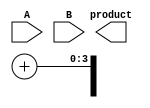
module wallace_tree_multiplier #(parameter N = 4) (
    input [N-1:0] A,
    input [N-1:0] B,
    output reg [2*N-1:0] product
);

    // Partial product matrix
    wire [N-1:0] pp [0:N-1]; // Partial products

    // Generate partial products
    genvar i, j;
    generate
        for (i = 0; i < N; i = i + 1) begin : pp_gen
            assign pp[i] = A & {N{B[i]}};
        end
    endgenerate

    // Carry-Save Adder (CSA)
    function [N-1:0] csa(input [N-1:0] a, input [N-1:0] b, input [N-1:0] c);
        begin
            csa = a ^ b ^ c; // Sum
        end
    endfunction

    function [N-1:0] csa_carry(input [N-1:0] a, input [N-1:0] b, input [N-1:0] c);
        begin
            csa_carry = (a & b) | (b & c) | (a & c); // Carry
        end
    endfunction

    // Level 1 CSA
    wire [N-1:0] sum1 [0:N/3]; // Sums from level 1
    wire [N-1:0] carry1 [0:N/3]; // Carries from level 1

    generate
        for (i = 0; i < N/3; i = i + 1) begin : level1
            assign sum1[i] = csa(pp[3*i], pp[3*i+1], pp[3*i+2]);
            assign carry1[i] = csa_carry(pp[3*i], pp[3*i+1], pp[3*i+2]);
        end
    endgenerate

    // Level 2 CSA
    wire [N-1:0] sum2 [0:(N/3)/3]; // Sums from level 2
    wire [N-1:0] carry2 [0:(N/3)/3]; // Carries from level 2

    generate
        for (i = 0; i < (N/3)/3; i = i + 1) begin : level2
            assign sum2[i] = csa(sum1[3*i], sum1[3*i+1], sum1[3*i+2]);
            assign carry2[i] = csa_carry(sum1[3*i], sum1[3*i+1], sum1[3*i+2]);
        end
    endgenerate

    // Final addition
    wire [N-1:0] final_sum;
    wire [N-1:0] final_carry;

    assign final_sum = sum2[0] + carry2[0];
    assign final_carry = carry2[0] + {1'b0, sum2[1]}; // Adjust for carry

    // Final product calculation
    always @(*) begin
        product = {final_carry, final_sum};
    end

endmodule